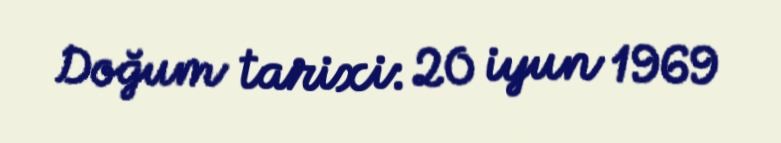
Doğum tarixi: 20 iyun 1969